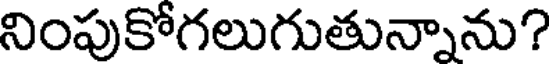
నింపుకోగలుగుతున్నాను?